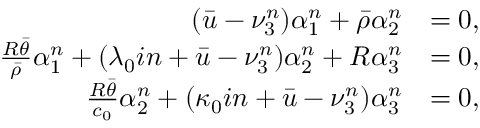
\begin{array} { r l } { ( \bar { u } - \nu _ { 3 } ^ { n } ) \alpha _ { 1 } ^ { n } + \bar { \rho } \alpha _ { 2 } ^ { n } } & { = 0 , } \\ { \frac { R \bar { \theta } } { \bar { \rho } } \alpha _ { 1 } ^ { n } + ( \lambda _ { 0 } i n + \bar { u } - \nu _ { 3 } ^ { n } ) \alpha _ { 2 } ^ { n } + R \alpha _ { 3 } ^ { n } } & { = 0 , } \\ { \frac { R \bar { \theta } } { c _ { 0 } } \alpha _ { 2 } ^ { n } + ( \kappa _ { 0 } i n + \bar { u } - \nu _ { 3 } ^ { n } ) \alpha _ { 3 } ^ { n } } & { = 0 , } \end{array}